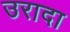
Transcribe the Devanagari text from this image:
उरादा